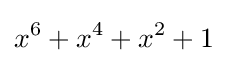
x^{6}+x^{4}+x^{2}+1